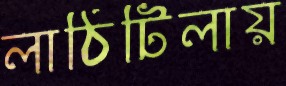
লাঠিটিলায়